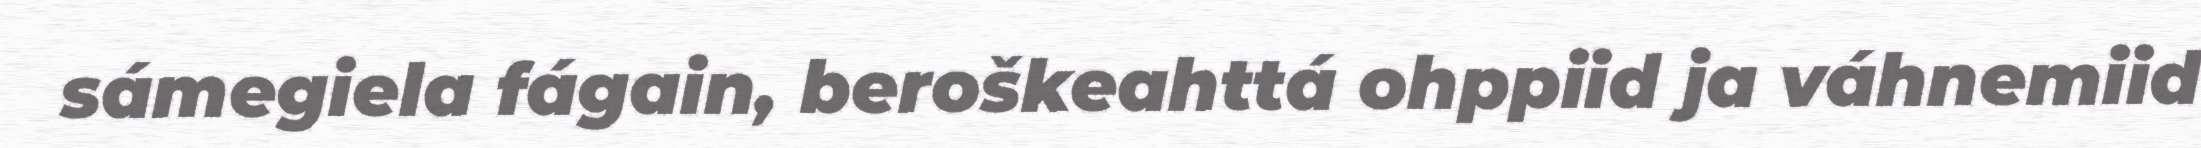
sámegiela fágain, beroškeahttá ohppiid ja váhnemiid